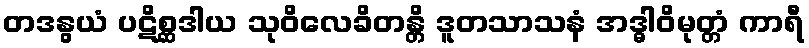
တဒနွယံ ပဋိစ္ဆဒါယ သုဝိလေခိတန္တိ ဒူတသာသနံ အဒ္ဓါဝိမုတ္တံ ကာရီ